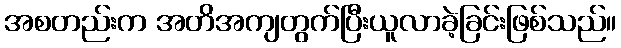
အစတည်းက အတိအကျတွက်ပြီးယူလာခဲ့ခြင်းဖြစ်သည်။